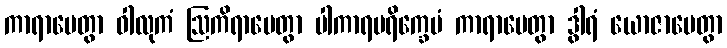
ကာရာပေတွာ ဝါလုကံ ဩကိရာပေတွာ ပါကာရပရိက္ခေပံ ကာရာပေတွာ ဒွါရံ ယောဇာပေတွာ